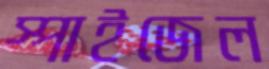
স্পাইজেল